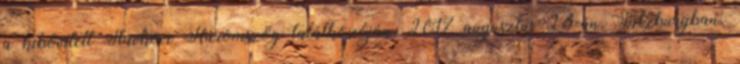
a kibővített Slavkovi Háromszög találkozóján, 2017 augusztus 23-án, Salzburgban.